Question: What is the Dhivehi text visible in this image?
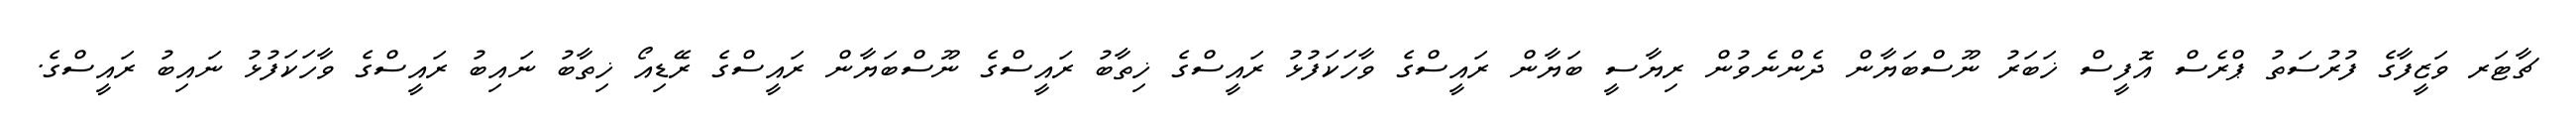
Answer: ޗާޓަރ ވަޒީފާގެ ފުރުސަތު ޕްރެސް އޮފީސް ޚަބަރު ނޫސްބަޔާން ދެންނެވުން ރިޔާސީ ބަޔާން ރައީސްގެ ވާހަކަފުޅު ރައީސްގެ ޚިތާބު ރައީސްގެ ނޫސްބަޔާން ރައީސްގެ ރޭޑިއޯ ޚިތާބު ނައިބު ރައީސްގެ ވާހަކަފުޅު ނައިބު ރައީސްގެ.